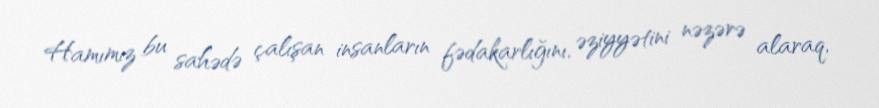
Hamımız bu sahədə çalışan insanların fədakarlığını, əziyyətini nəzərə alaraq,